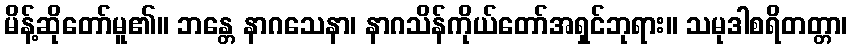
မိန့်ဆိုတော်မူ၏။ ဘန္တေ နာဂသေနာ၊ နာဂသိန်ကိုယ်တော်အရှင်ဘုရား။ သမုဒါစရိတတ္တာ၊